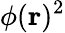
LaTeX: \phi(\mathbf{r})^{2}